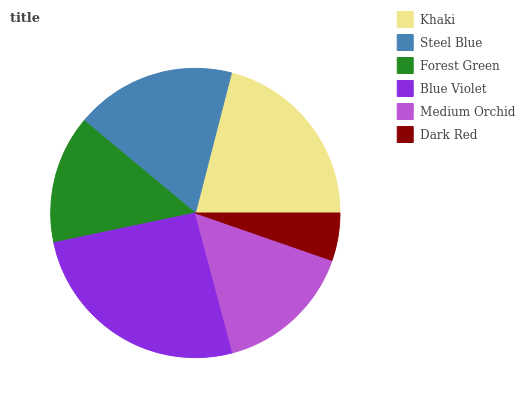
| Khaki | Steel Blue | Forest Green | Blue Violet | Medium Orchid | Dark Red |
 | --- | --- | --- | --- | --- | --- |
 | 21% | 18% | 14.3% | 25.8% | 15.5% | 5.32% |